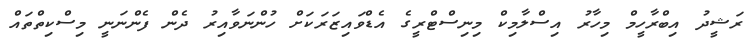
ރަޝީދު އިބްރާހީމް މިހާރު އިސްލާމިކް މިނިސްޓްރީގެ އެޑްވައިޒަރަކަށް ހުންނަވާއިރު ދެން ފެންނަނީ މިސްކިތްތައް